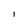
Character: I